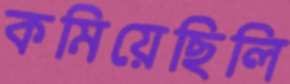
কমিয়েছিলি